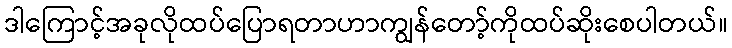
ဒါကြောင့်အခုလိုထပ်ပြောရတာဟာကျွန်တော့်ကိုထပ်ဆိုးစေပါတယ်။